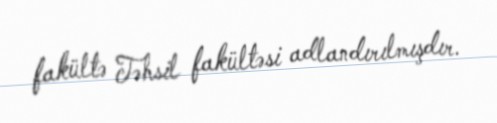
fakültə Təhsil fakültəsi adlandırılmışdır.